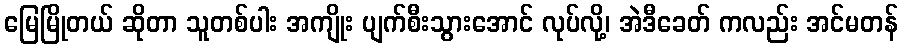
မြေမြိုတယ် ဆိုတာ သူတစ်ပါး အကျိုး ပျက်စီးသွားအောင် လုပ်လို့၊ အဲဒီခေတ် ကလည်း အင်မတန်